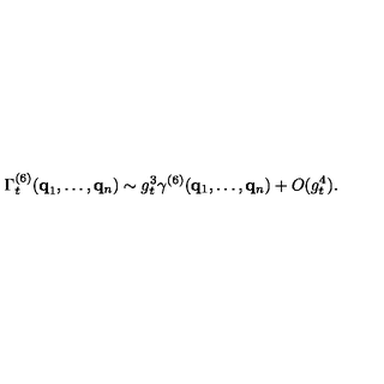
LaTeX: \Gamma _ { t } ^ { ( 6 ) } ( { \bf { q } } _ { 1 } , \ldots , { \bf { q } } _ { n } ) \sim g _ { t } ^ { 3 } \gamma ^ { ( 6 ) } ( { \bf { q } } _ { 1 } , \ldots , { \bf { q } } _ { n } ) + O ( g _ { t } ^ { 4 } ) .